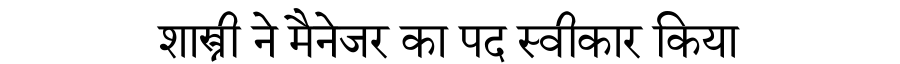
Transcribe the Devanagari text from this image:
शास्त्री ने मैनेजर का पद स्वीकार किया